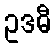
ဥဒဓီ